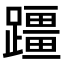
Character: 𫏣